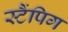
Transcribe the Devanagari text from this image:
स्टैंपिग